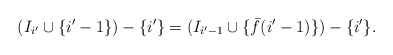
\begin{align*} (I_{i'} \cup \{i'-1\}) - \{i'\} = (I_{i'-1} \cup \{\bar{f}(i'-1)\}) - \{i'\}.\end{align*}